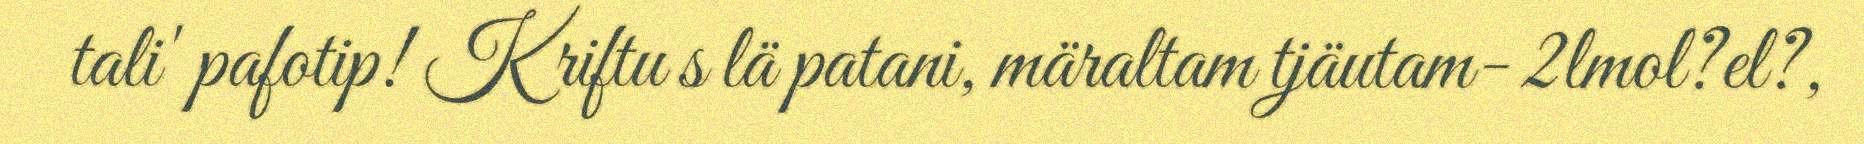
tali' pafotip! K riftu s lä patani, märaltam tjäutam- 2lmol?el?,